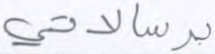
برسالاتي